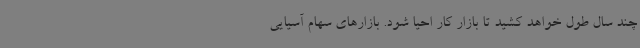
چند سال طول خواهد کشید تا بازار کار احیا شود. بازارهای سهام آسیایی